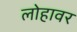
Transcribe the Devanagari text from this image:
लोहावर